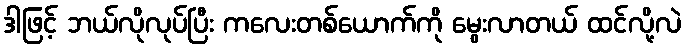
ဒါဖြင့် ဘယ်လိုလုပ်ပြီး ကလေးတစ်ယောက်ကို မွေးလာတယ် ထင်လို့လဲ